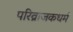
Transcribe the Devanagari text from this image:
परिव्राजकधर्म